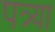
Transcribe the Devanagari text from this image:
पत्र्या